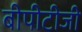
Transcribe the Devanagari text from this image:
बीपीटीजी